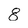
Character: 8